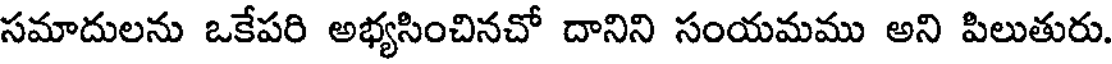
సమాదులను ఒకేపరి అభ్యసించినచో దానిని సంయమము అని పిలుతురు.